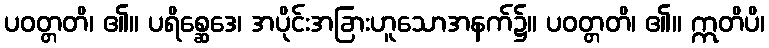
ပဝတ္တတိ၊ ၏။ ပရိစ္ဆေဒေ၊ အပိုင်းအခြားဟူသောအနက်၌။ ပဝတ္တတိ၊ ၏။ ဣတိပိ၊